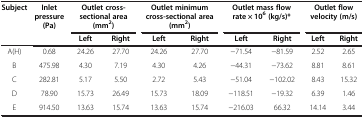
| Subject | Inlet pressure (Pa) | <COLSPAN=2> Outlet cross-sectional area (mm2) | <COLSPAN=2> Outlet minimum cross-sectional area (mm2) | <COLSPAN=2> Outlet mass flow rate × 106 (kg/s)* | <COLSPAN=2> Outlet flow velocity (m/s) |
 |  |  | Left | Right | Left | Right | Left | Right | Left | Right |
 | --- | --- | --- | --- | --- | --- | --- | --- | --- | --- |
 | A(H) | 0.68 | 24.26 | 27.70 | 24.26 | 27.70 | −71.54 | −81.59 | 2.52 | 2.65 |
 | B | 475.98 | 4.30 | 7.19 | 4.30 | 4.26 | −44.31 | −73.62 | 8.81 | 8.61 |
 | C | 282.81 | 5.17 | 5.50 | 2.72 | 5.43 | −51.04 | −102.02 | 8.43 | 15.32 |
 | D | 78.90 | 15.73 | 26.49 | 15.73 | 18.09 | −118.51 | −19.32 | 6.39 | 1.46 |
 | E | 914.50 | 13.63 | 15.74 | 13.63 | 15.74 | −216.03 | 66.32 | 14.14 | 3.44 |